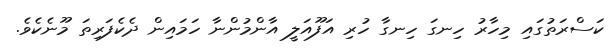
ކަސްރަތުގައި މިހާރު ހިނގަ ހިނގާ ހުރި އަފޫއަލީ އާންމުންނާ ހަމައިން ދެކެފަރިތަ މޫނެކެވެ.